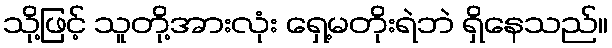
သို့ဖြင့် သူတို့အားလုံး ရှေ့မတိုးရဲဘဲ ရှိနေသည်။